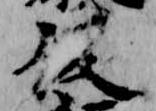
後